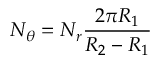
N _ { \theta } = N _ { r } \frac { 2 \pi R _ { 1 } } { R _ { 2 } - R _ { 1 } }